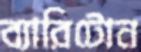
ব্যারিটোন